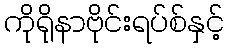
ကိုရိုနာဗိုင်းရပ်စ်နှင့်